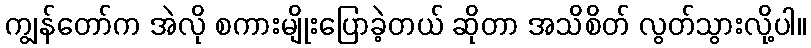
ကျွန်တော်က အဲလို စကားမျိုးပြောခဲ့တယ် ဆိုတာ အသိစိတ် လွတ်သွားလို့ပါ။